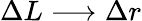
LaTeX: \Delta L\longrightarrow\Delta r